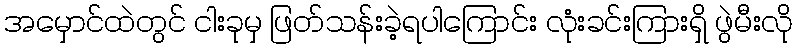
အမှောင်ထဲတွင် ငါးခုမှ ဖြတ်သန်းခဲ့ရပါကြောင်း လုံးခင်းကြားရှိ ဖွဲမီးလို